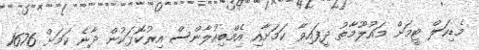
މެޑިކަލް ޓީމަށް މައުލޫމާތު ދީފައިވާ ކަމަށާއި އެމްބިއުލާންސް އިރުކޮޅަކުން ދާނެ ކަމަށް 1676